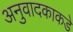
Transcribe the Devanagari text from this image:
अनुवादकाकडे